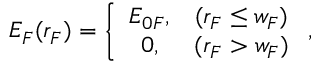
E _ { F } ( r _ { F } ) = \left\{ \begin{array} { c l } { E _ { 0 F } , } & { ( r _ { F } \leq w _ { F } ) } \\ { 0 , } & { ( r _ { F } > w _ { F } ) } \end{array} \right. ,